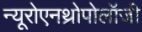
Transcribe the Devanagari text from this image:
न्यूरोएनथ्रोपोलॉजी